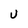
Character: U